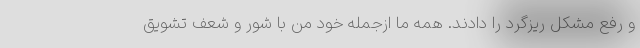
و رفع مشکل ریزگرد را دادند. همه ما ازجمله خود من با شور و شعف تشویق